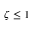
\zeta \leq 1